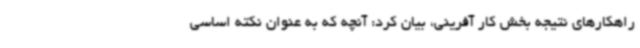
راهکارهای نتیجه بخش کار آفرینی، بیان کرد: آنچه که به عنوان نکته اساسی